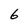
Character: 6